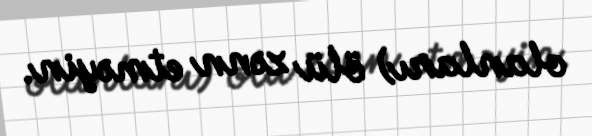
olanları) ölü zənn etməyin.